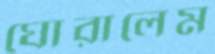
ঘোরালেম